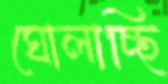
ঘোলাচ্ছি